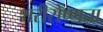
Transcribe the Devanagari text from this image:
शरीरोष्णता